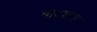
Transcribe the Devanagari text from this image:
बाद्शाह